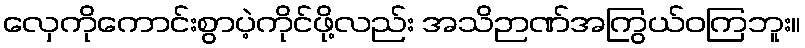
လှေကိုကောင်းစွာပဲ့ကိုင်ဖို့လည်း အသိဉာဏ်အကြွယ်ဝကြဘူး။